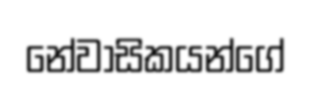
නේවාසිකයන්ගේ